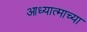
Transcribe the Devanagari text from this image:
आध्यात्माच्या